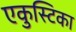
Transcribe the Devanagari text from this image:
एकुस्टिका